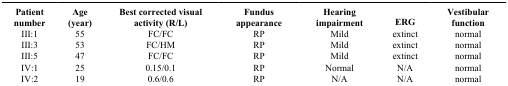
<table><thead><tr><td><b>Patient number</b></td><td><b>Age (year)</b></td><td><b>Best corrected visual activity (R/L)</b></td><td><b>Fundus appearance</b></td><td><b>Hearing impairment</b></td><td><b>ERG</b></td><td><b>Vestibular function</b></td></tr></thead><tbody><tr><td>III:1</td><td>55</td><td>FC/FC</td><td>RP</td><td>Mild</td><td>extinct</td><td>normal</td></tr><tr><td>III:3</td><td>53</td><td>FC/HM</td><td>RP</td><td>Mild</td><td>extinct</td><td>normal</td></tr><tr><td>III:5</td><td>47</td><td>FC/FC</td><td>RP</td><td>Mild</td><td>extinct</td><td>normal</td></tr><tr><td>IV:1</td><td>25</td><td>0.15/0.1</td><td>RP</td><td>Normal</td><td>N/A</td><td>normal</td></tr><tr><td>IV:2</td><td>19</td><td>0.6/0.6</td><td>RP</td><td>N/A</td><td>N/A</td><td>normal</td></tr></tbody></table>